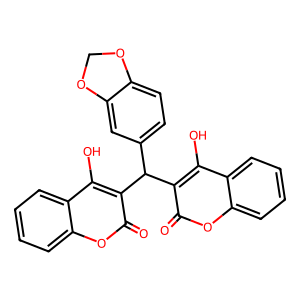
SMILES: O=c1oc2ccccc2c(O)c1C(c1ccc2c(c1)OCO2)c1c(O)c2ccccc2oc1=O
Inhibits HIV replication: No